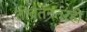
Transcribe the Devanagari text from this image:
तीव्रतेनंतरही